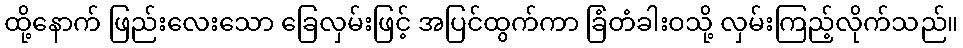
ထို့နောက် ဖြည်းလေးသော ခြေလှမ်းဖြင့် အပြင်ထွက်ကာ ခြံတံခါးဝသို့ လှမ်းကြည့်လိုက်သည်။